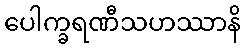
ပေါက္ခရဏီသဟဿာနိ